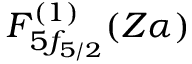
F _ { 5 f _ { 5 / 2 } } ^ { ( 1 ) } ( Z \alpha )